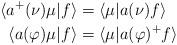
LaTeX: \begin{align*} \langle a^+(\nu)\mu|f\rangle& = \langle \mu| a(\nu)f \rangle\\ \langle a(\varphi)\mu|f\rangle &= \langle \mu| a(\varphi)^+f \rangle\end{align*}